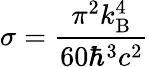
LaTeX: \sigma={\frac{\pi^{2}k_{\mathrm{B}}^{4}}{60\hbar^{3}c^{2}}}